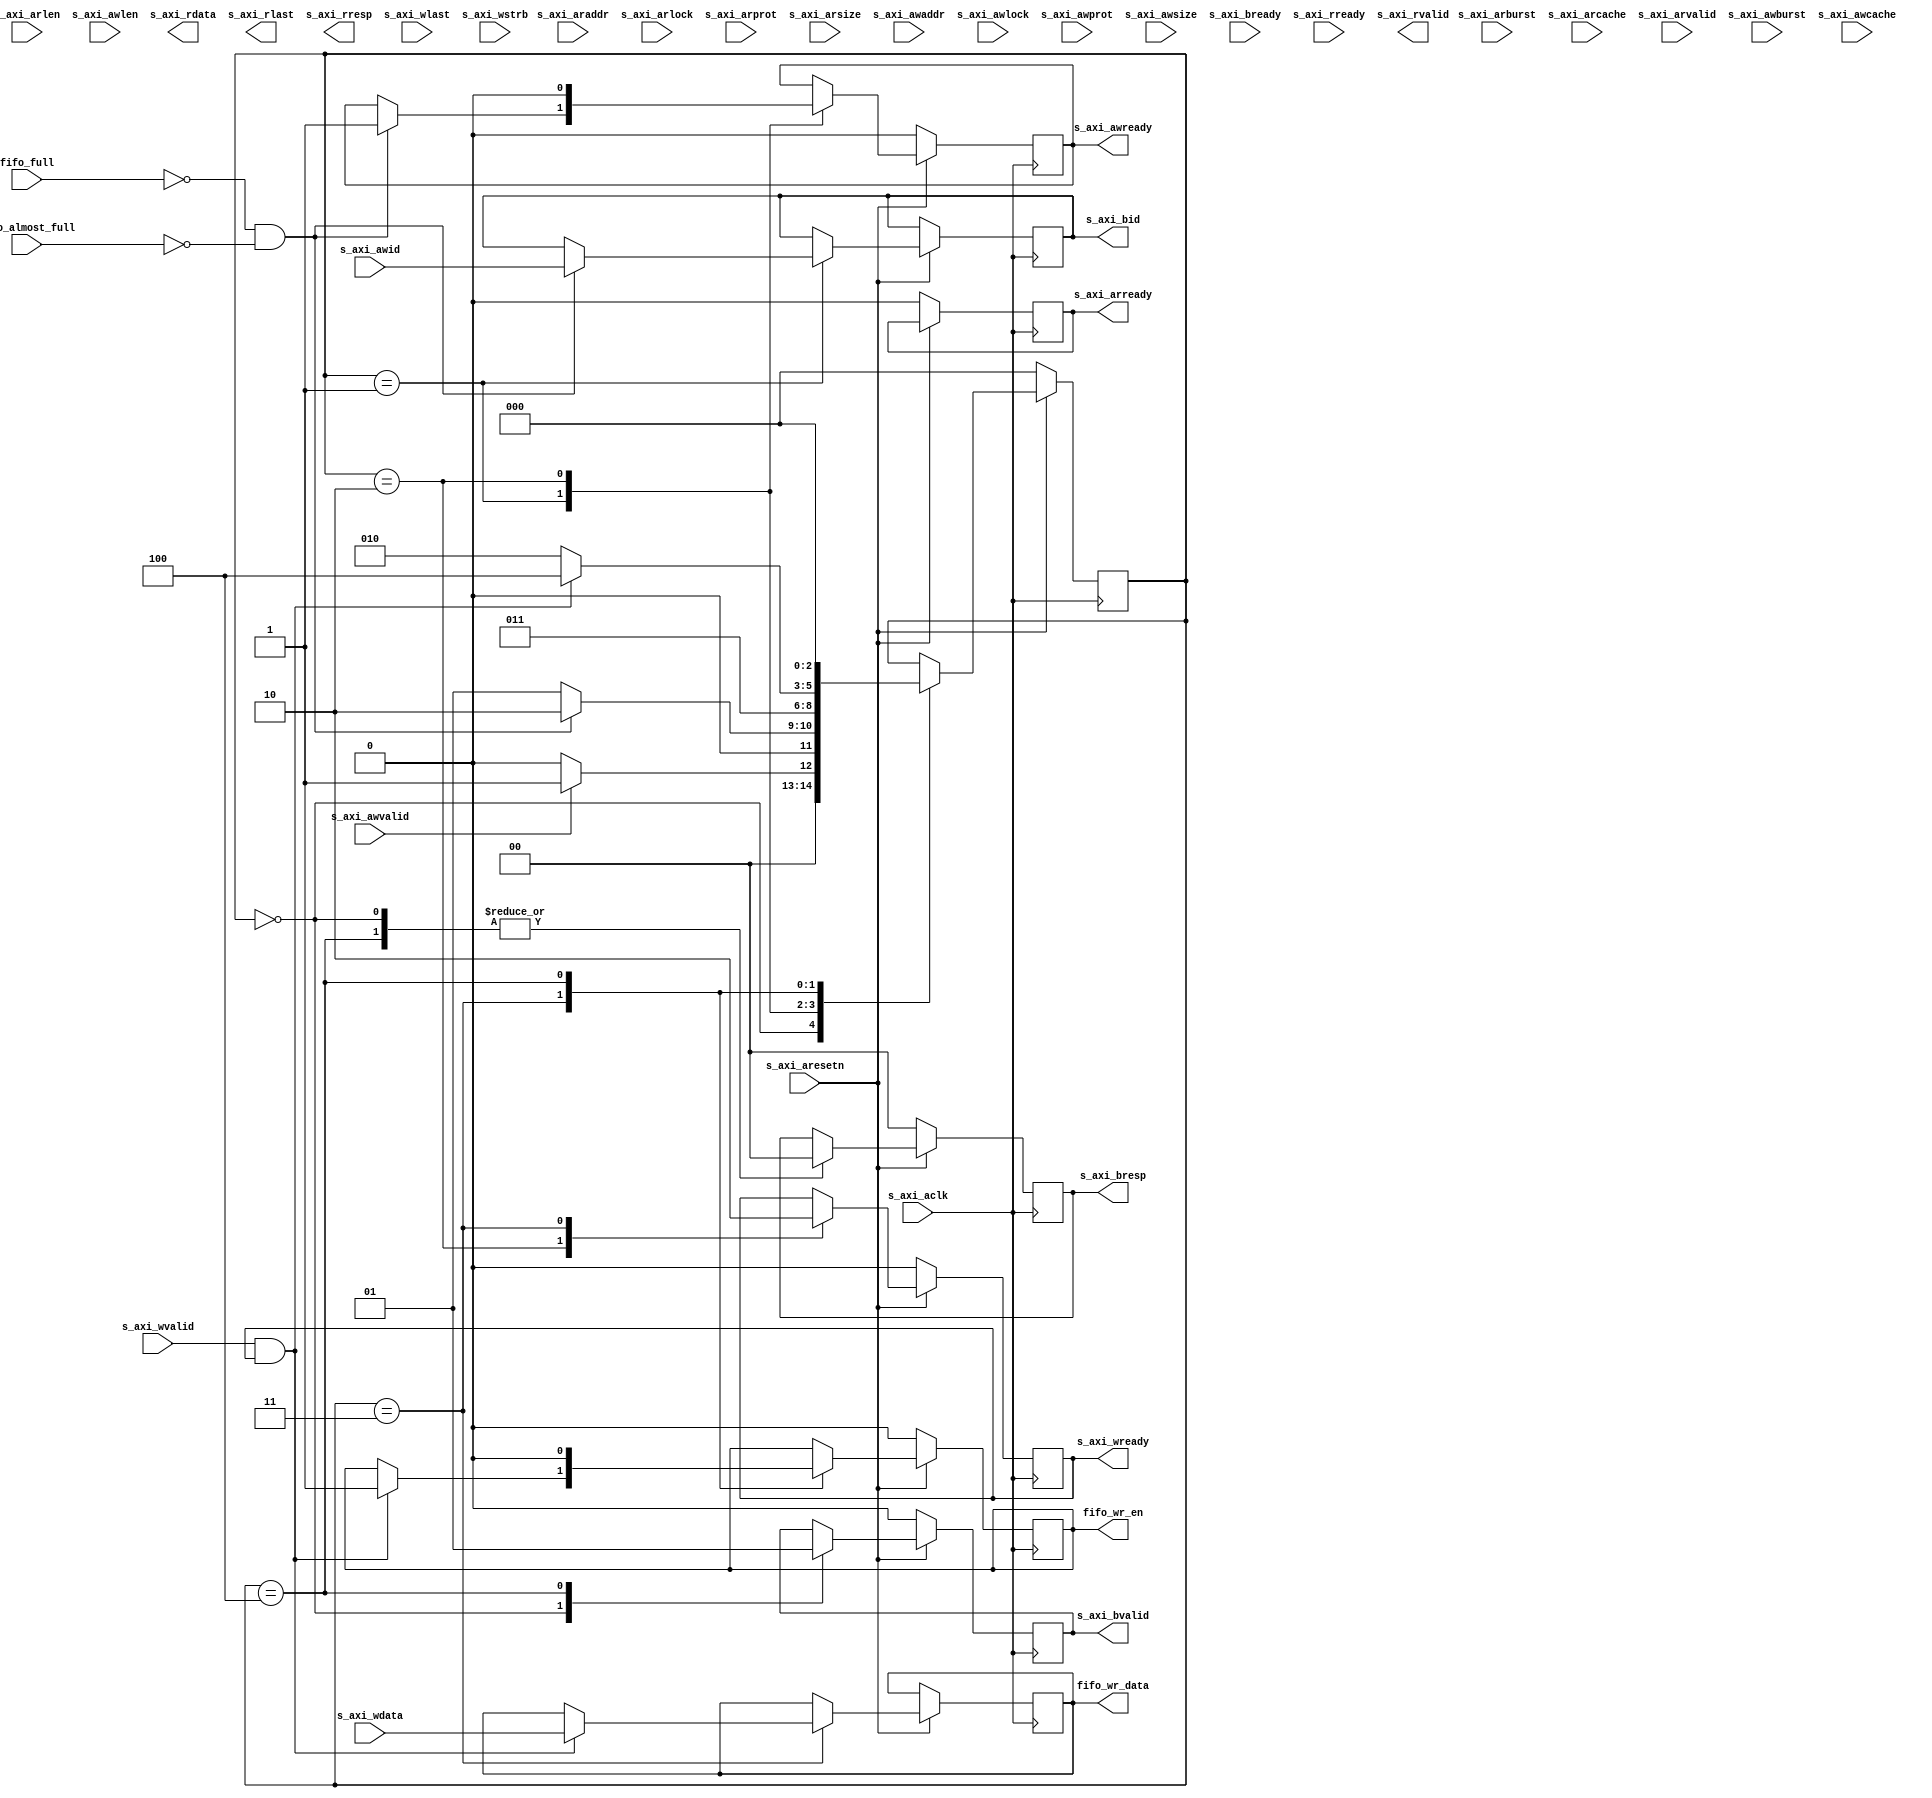
`timescale 1ns / 1ps
//////////////////////////////////////////////////////////////////////////////////
// Company: 
// Engineer: 
// 
// Design Name: 
// Module Name: fifo_control
// Project Name: 
// Target Devices: 
// Tool Versions: 
// Description: 
// 
// Dependencies: 
// 
// Revision:
// Revision 0.01 - File Created
// Additional Comments:
// 
//////////////////////////////////////////////////////////////////////////////////


module fifo_control(
 (* X_INTERFACE_INFO = "xilinx.com:interface:aximm:1.0 S_AXI ARADDR" *)(* X_INTERFACE_PARAMETER = "XIL_INTERFACENAME S_AXI, ID_WIDTH 16" *)    input   [39:0]    s_axi_araddr,                      //axi
 (* X_INTERFACE_INFO = "xilinx.com:interface:aximm:1.0 S_AXI ARBURST" *)  input   [1:0]     s_axi_arburst,    //               //axi
 (* X_INTERFACE_INFO = "xilinx.com:interface:aximm:1.0 S_AXI ARCACHE" *)  input   [3:0]     s_axi_arcache,    //               //axi
 (* X_INTERFACE_INFO = "xilinx.com:interface:aximm:1.0 S_AXI ARLEN" *)    input   [7:0]     s_axi_arlen,      //               //axi
 (* X_INTERFACE_INFO = "xilinx.com:interface:aximm:1.0 S_AXI ARLOCK" *)   input   [0:0]     s_axi_arlock,     //               //axi
 (* X_INTERFACE_INFO = "xilinx.com:interface:aximm:1.0 S_AXI ARPROT" *)   input   [2:0]     s_axi_arprot,     //               //axi
 (* X_INTERFACE_INFO = "xilinx.com:interface:aximm:1.0 S_AXI ARREADY" *)  output  [0:0]     s_axi_arready,                     //axi
 (* X_INTERFACE_INFO = "xilinx.com:interface:aximm:1.0 S_AXI ARSIZE" *)   input   [2:0]     s_axi_arsize,     //               //axi
 (* X_INTERFACE_INFO = "xilinx.com:interface:aximm:1.0 S_AXI ARVALID" *)  input   [0:0]     s_axi_arvalid,                     //axi
 (* X_INTERFACE_INFO = "xilinx.com:interface:aximm:1.0 S_AXI AWADDR" *)   input   [39:0]    s_axi_awaddr,                      //axi
 (* X_INTERFACE_INFO = "xilinx.com:interface:aximm:1.0 S_AXI AWBURST" *)  input   [1:0]     s_axi_awburst,    //               //axi
 (* X_INTERFACE_INFO = "xilinx.com:interface:aximm:1.0 S_AXI AWCACHE" *)  input   [3:0]     s_axi_awcache,    //               //axi
 (* X_INTERFACE_INFO = "xilinx.com:interface:aximm:1.0 S_AXI AWLEN" *)    input   [7:0]     s_axi_awlen,      //               //axi
 (* X_INTERFACE_INFO = "xilinx.com:interface:aximm:1.0 S_AXI AWLOCK" *)   input   [0:0]     s_axi_awlock,     //               //axi
 (* X_INTERFACE_INFO = "xilinx.com:interface:aximm:1.0 S_AXI AWPROT" *)   input   [2:0]     s_axi_awprot,     //               //axi
 (* X_INTERFACE_INFO = "xilinx.com:interface:aximm:1.0 S_AXI AWREADY" *)  output  [0:0]     s_axi_awready,                     //axi
 (* X_INTERFACE_INFO = "xilinx.com:interface:aximm:1.0 S_AXI AWSIZE" *)   input   [2:0]     s_axi_awsize,     //               //axi
 (* X_INTERFACE_INFO = "xilinx.com:interface:aximm:1.0 S_AXI AWVALID" *)  input   [0:0]     s_axi_awvalid,                     //axi
 (* X_INTERFACE_INFO = "xilinx.com:interface:aximm:1.0 S_AXI BREADY" *)   input   [0:0]     s_axi_bready,                      //axi
 (* X_INTERFACE_INFO = "xilinx.com:interface:aximm:1.0 S_AXI BRESP" *)    output  [1:0]     s_axi_bresp,      //               //axi
 (* X_INTERFACE_INFO = "xilinx.com:interface:aximm:1.0 S_AXI BVALID" *)   output  [0:0]     s_axi_bvalid,                      //axi
 (* X_INTERFACE_INFO = "xilinx.com:interface:aximm:1.0 S_AXI RDATA" *)    output  [127:0]   s_axi_rdata,                       //axi
 (* X_INTERFACE_INFO = "xilinx.com:interface:aximm:1.0 S_AXI RLAST" *)    output  [0:0]     s_axi_rlast,                       //axi
 (* X_INTERFACE_INFO = "xilinx.com:interface:aximm:1.0 S_AXI RREADY" *)   input   [0:0]     s_axi_rready,                      //axi
 (* X_INTERFACE_INFO = "xilinx.com:interface:aximm:1.0 S_AXI RRESP" *)    output  [1:0]     s_axi_rresp,      //               //axi
 (* X_INTERFACE_INFO = "xilinx.com:interface:aximm:1.0 S_AXI RVALID" *)   output  [0:0]     s_axi_rvalid,                      //axi
 (* X_INTERFACE_INFO = "xilinx.com:interface:aximm:1.0 S_AXI WDATA" *)    input   [127:0]   s_axi_wdata,                       //axi
 (* X_INTERFACE_INFO = "xilinx.com:interface:aximm:1.0 S_AXI WLAST" *)    input   [0:0]     s_axi_wlast,                       //axi
 (* X_INTERFACE_INFO = "xilinx.com:interface:aximm:1.0 S_AXI WREADY" *)   output  [0:0]     s_axi_wready,                      //axi
 (* X_INTERFACE_INFO = "xilinx.com:interface:aximm:1.0 S_AXI WSTRB" *)    input   [15:0]    s_axi_wstrb,      //               //axi
 (* X_INTERFACE_INFO = "xilinx.com:interface:aximm:1.0 S_AXI WVALID" *)   input   [0:0]     s_axi_wvalid,                      //axi
 (* X_INTERFACE_INFO = "xilinx.com:interface:aximm:1.0 S_AXI BID" *)      output  [15:0]    s_axi_bid,
 (* X_INTERFACE_INFO = "xilinx.com:interface:aximm:1.0 S_AXI AWID" *)     input   [15:0]    s_axi_awid,
  input   [0:0]     s_axi_aclk,                        //axi
  input   [0:0]     s_axi_aresetn,                     //axi
  (* X_INTERFACE_INFO = "xilinx.com:interface:fifo_write:1.0 FIFO_WRITE ALMOST_FULL" *) input   [0:0]     fifo_almost_full,
  (* X_INTERFACE_INFO = "xilinx.com:interface:fifo_write:1.0 FIFO_WRITE FULL" *)        input   [0:0]     fifo_full,
  (* X_INTERFACE_INFO = "xilinx.com:interface:fifo_write:1.0 FIFO_WRITE WR_DATA" *)     output  [127:0]   fifo_wr_data,
  (* X_INTERFACE_INFO = "xilinx.com:interface:fifo_write:1.0 FIFO_WRITE WR_EN" *)       output  [0:0]     fifo_wr_en
    );
    
    reg     [0:0]       reg_s_axi_arready;
    reg     [0:0]       reg_s_axi_awready;
    reg     [1:0]       reg_s_axi_bresp;
    reg     [0:0]       reg_s_axi_bvalid;
    reg     [0:0]       reg_s_axi_wready;
    reg     [127:0]     reg_fifo_wr_data;
    reg     [0:0]       reg_fifo_wr_en;
    reg     [15:0]      reg_s_axi_bid;
    reg     [2:0]       state = 0;
    
    assign s_axi_arready = reg_s_axi_arready;
    assign s_axi_awready = reg_s_axi_awready;
    assign s_axi_bresp = reg_s_axi_bresp;
    assign s_axi_bvalid = reg_s_axi_bvalid;
    assign s_axi_wready = reg_s_axi_wready;
    assign fifo_wr_data = reg_fifo_wr_data;
    assign fifo_wr_en = reg_fifo_wr_en;
    assign s_axi_bid = reg_s_axi_bid;

    parameter AXI_READY = 3'd0;
    parameter AXI_AW1   = 3'd1;
    parameter AXI_AW2   = 3'd2;
    parameter AXI_AW3   = 3'd3;
    parameter AXI_B     = 3'd4;
    
    always @(posedge s_axi_aclk)begin
        if(!s_axi_aresetn) begin
            reg_s_axi_arready <= 0;
            reg_s_axi_awready <= 0;
            reg_s_axi_bresp <= 0;
            reg_s_axi_bvalid <= 0;
            reg_s_axi_wready <= 0;
            reg_fifo_wr_en <= 0;
            state <= AXI_READY;
        end
        else begin
            case(state)
            AXI_READY:begin                                 //ready
                reg_s_axi_bvalid <= 0;
                reg_s_axi_bresp <= 0;
                if(s_axi_awvalid) begin
                    state <= AXI_AW1;
                end
                else begin
                    state <= AXI_READY;
                end
            end
            AXI_AW1:begin                                 //axi_aw
                if(!fifo_full && !fifo_almost_full) begin
                    reg_s_axi_awready <= 1;
                    reg_s_axi_bid <= s_axi_awid;
                    state <= AXI_AW2;
                end
                else begin
                    state <= AXI_AW1;
                end
            end
            AXI_AW2:begin                                 //aw_step1
                reg_s_axi_awready <= 0;
                reg_s_axi_wready <= 1;
                state <= AXI_AW3;
            end
            AXI_AW3:begin                                 //aw_step2
                reg_s_axi_wready <= 0;
                if(s_axi_wvalid && reg_s_axi_wready)begin
                    reg_fifo_wr_data <= s_axi_wdata;
                    reg_fifo_wr_en <= 1;
                    state <= AXI_B;
                end
                else begin
                    state <= AXI_AW2;
                end
            end
            AXI_B:begin                                 //axi_b
                reg_fifo_wr_en <= 0;
                reg_s_axi_bvalid <= 1;
                reg_s_axi_bresp <= 0;
                state <= AXI_READY;
            end
            
            endcase
        end
    end
endmodule